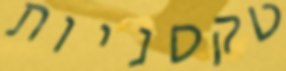
טקסניות